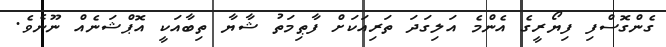
ގެންގޮސްފި ފިޔޯރީގެ އެންމެ އަލިގަދަ ތަރިއަކަށް ފާޠިމަތު ޝާޔާ ތިބާއަކީ އޮޕްޝަނެއް ނޫނެވެ.